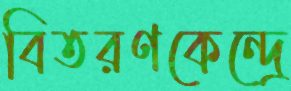
বিতরণকেন্দ্রে